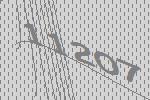
11207